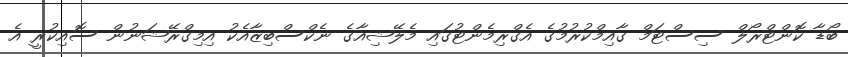
ބޯޑާ ކޮންޓްރޯލް ސިސްޓަމް ގާއިމްކުރުމުގެ އެގްރިމެންޓުގައި މެލޭޝިއާގެ ނެކްސްބިޒާއެކު އިމިގްރޭޝަނުން ސޮއިކުރީ އެ